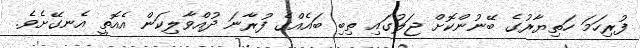
ފުރިހަމަ ހަތިޔާރުގެ ބޭނުންކޮށް ޖަލުގައި ތިބި ބައެއްގެ ފުރާނަ ދުއްވާލިކަން އެއޮތީ އެނގޭށެވެ.